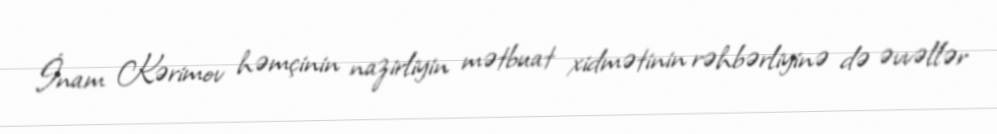
İnam Kərimov həmçinin nazirliyin mətbuat xidmətinin rəhbərliyinə də əvvəllər